画像に写った文字を読んでください
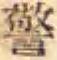
「警」と書いてあります